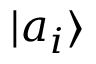
\textstyle | a _ { i } \rangle